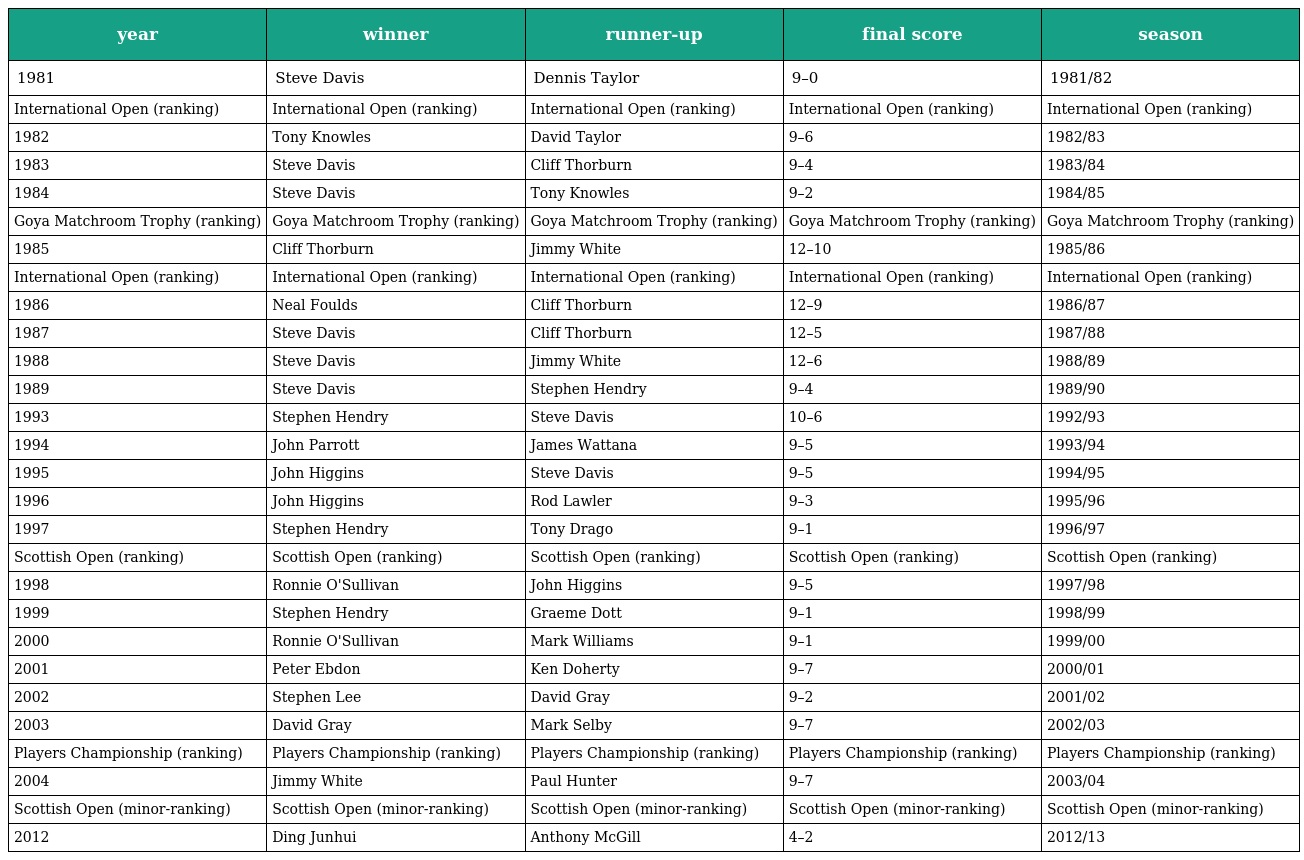
| year | winner | runner-up | final score | season |
 | --- | --- | --- | --- | --- |
 | 1981 | Steve Davis | Dennis Taylor | 9–0 | 1981/82 |
 | International Open (ranking) | International Open (ranking) | International Open (ranking) | International Open (ranking) | International Open (ranking) |
 | 1982 | Tony Knowles | David Taylor | 9–6 | 1982/83 |
 | 1983 | Steve Davis | Cliff Thorburn | 9–4 | 1983/84 |
 | 1984 | Steve Davis | Tony Knowles | 9–2 | 1984/85 |
 | Goya Matchroom Trophy (ranking) | Goya Matchroom Trophy (ranking) | Goya Matchroom Trophy (ranking) | Goya Matchroom Trophy (ranking) | Goya Matchroom Trophy (ranking) |
 | 1985 | Cliff Thorburn | Jimmy White | 12–10 | 1985/86 |
 | International Open (ranking) | International Open (ranking) | International Open (ranking) | International Open (ranking) | International Open (ranking) |
 | 1986 | Neal Foulds | Cliff Thorburn | 12–9 | 1986/87 |
 | 1987 | Steve Davis | Cliff Thorburn | 12–5 | 1987/88 |
 | 1988 | Steve Davis | Jimmy White | 12–6 | 1988/89 |
 | 1989 | Steve Davis | Stephen Hendry | 9–4 | 1989/90 |
 | 1993 | Stephen Hendry | Steve Davis | 10–6 | 1992/93 |
 | 1994 | John Parrott | James Wattana | 9–5 | 1993/94 |
 | 1995 | John Higgins | Steve Davis | 9–5 | 1994/95 |
 | 1996 | John Higgins | Rod Lawler | 9–3 | 1995/96 |
 | 1997 | Stephen Hendry | Tony Drago | 9–1 | 1996/97 |
 | Scottish Open (ranking) | Scottish Open (ranking) | Scottish Open (ranking) | Scottish Open (ranking) | Scottish Open (ranking) |
 | 1998 | Ronnie O'Sullivan | John Higgins | 9–5 | 1997/98 |
 | 1999 | Stephen Hendry | Graeme Dott | 9–1 | 1998/99 |
 | 2000 | Ronnie O'Sullivan | Mark Williams | 9–1 | 1999/00 |
 | 2001 | Peter Ebdon | Ken Doherty | 9–7 | 2000/01 |
 | 2002 | Stephen Lee | David Gray | 9–2 | 2001/02 |
 | 2003 | David Gray | Mark Selby | 9–7 | 2002/03 |
 | Players Championship (ranking) | Players Championship (ranking) | Players Championship (ranking) | Players Championship (ranking) | Players Championship (ranking) |
 | 2004 | Jimmy White | Paul Hunter | 9–7 | 2003/04 |
 | Scottish Open (minor-ranking) | Scottish Open (minor-ranking) | Scottish Open (minor-ranking) | Scottish Open (minor-ranking) | Scottish Open (minor-ranking) |
 | 2012 | Ding Junhui | Anthony McGill | 4–2 | 2012/13 |